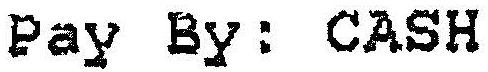
PAY BY: CASH